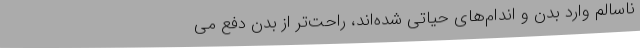
ناسالم وارد بدن و اندام‌های حیاتی شده‌اند، راحت‌تر از بدن دفع می‌